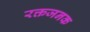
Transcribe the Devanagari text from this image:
रक्तजनक